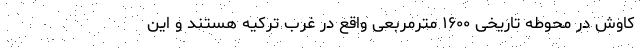
کاوش در محوطه تاریخی ۱۶۰۰ مترمربعی واقع در غرب ترکیه هستند و این